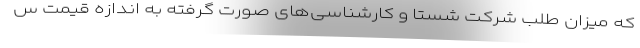
که میزان طلب شرکت شستا و کارشناسی‌های صورت گرفته به اندازه قیمت س